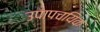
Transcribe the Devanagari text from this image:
उपापचयिक